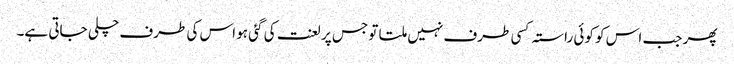
پھر جب اس کو کوئی راستہ کسی طرف نہیں ملتا تو جس پر لعنت کی گئی ہو اس کی طرف چلی جاتی ہے۔